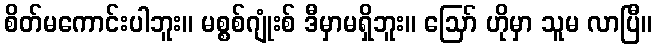
စိတ်မကောင်းပါဘူး။ မစ္စစ်ဂျုံးစ် ဒီမှာမရှိဘူး။ ဪ ဟိုမှာ သူမ လာပြီ။